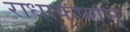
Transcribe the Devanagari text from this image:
राधाकष्णन्